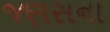
જણસના